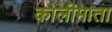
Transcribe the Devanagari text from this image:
कालीमाता